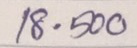
18 - 500